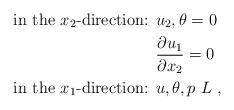
LaTeX: \begin{align*}\textrm{in the $x_2$-direction: }&u_2,\theta=0\ \\&\frac{\partial u_1}{\partial x_2}=0\ \\\textrm{in the $x_1$-direction: } &u,\theta,p\ L\;,\end{align*}